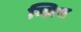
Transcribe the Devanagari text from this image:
ग्लिच